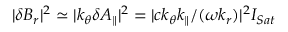
\lvert \delta B _ { r } \rvert ^ { 2 } \simeq \lvert k _ { \theta } \delta A _ { \parallel } \rvert ^ { 2 } = \lvert c k _ { \theta } k _ { \parallel } / ( \omega k _ { r } ) \rvert ^ { 2 } I _ { S a t }